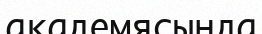
академясында